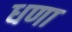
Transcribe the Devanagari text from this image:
धणा